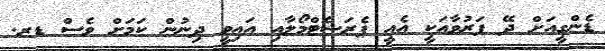
ޑެންގީއަށް ދޭ ފަރުވާއަކީ އެއީ ޕެރަޝެޓްމޯލާއި އައިވީ ދިނުން ކަމަށް ވެސް ޑރ.